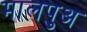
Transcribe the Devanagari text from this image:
मालपुअ